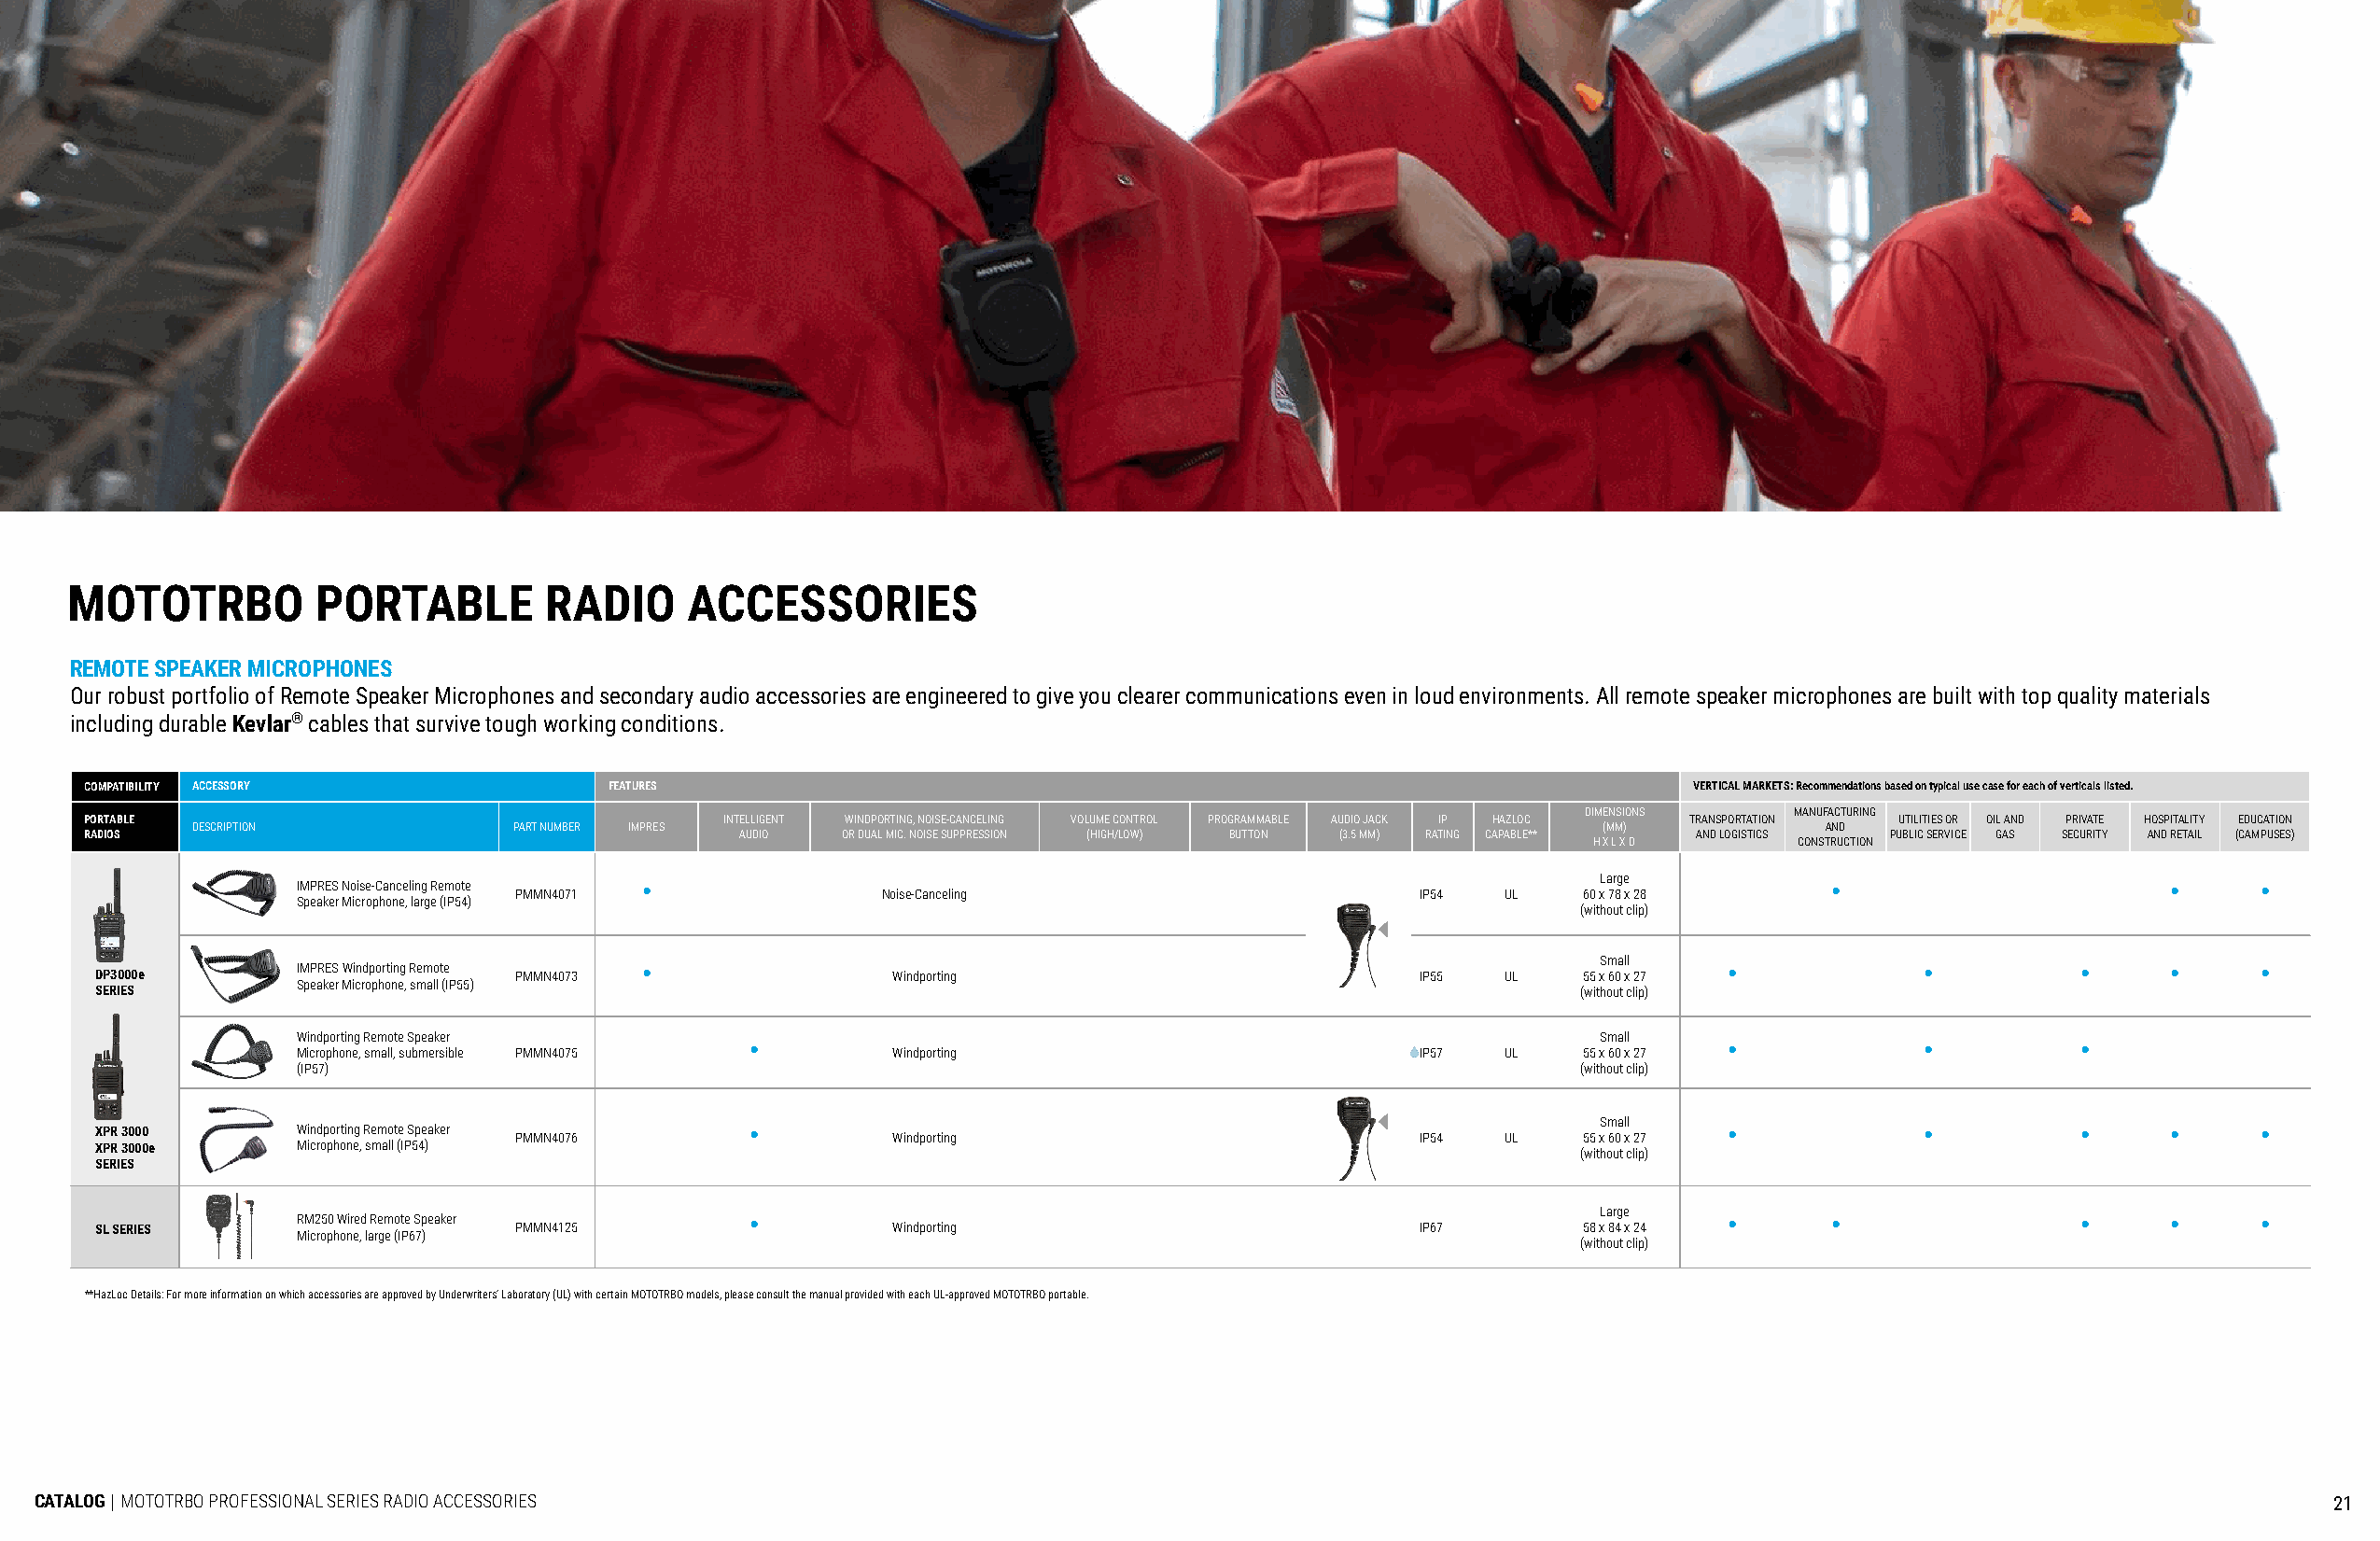
MOTOTRBO         PORTABLE         RADIO     ACCESSORIES
 REMOTE SPEAKER MICROPHONES
 Our robust portfolio of Remote Speaker Microphones and secondary audio accessories are engineered to give you clearer communications even in loud environments. All remote speaker microphones are built with top quality materials
 including durable Kevlar® cables that survive tough working conditions.
 COMPATIBILITY ACCESSORY              FEATURES                                                                     VERTICAL MARKETS: Recommendations based on typical use case for each of verticals listed.
 DIMENSIONS     MANUFACTURING
 PORTABLE                                     INTELLIGENT WINDPORTING, NOISE-CANCELING VOLUME CONTROL PROGRAMMABLE AUDIO JACK IP HAZLOC TRANSPORTATION UTILITIES OR OIL AND PRIVATE HOSPITALITY EDUCATION
 DESCRIPTION           PART NUMBER IMPRES                                                            (MM)           AND
 RADIOS                                        AUDIO   OR DUAL MIC. NOISE SUPPRESSION (HIGH/LOW) BUTTON (3.5 MM) RATING CAPABLE** AND LOGISTICS PUBLIC SERVICE GAS SECURITY AND RETAIL (CAMPUSES)
 H X L X D      CONSTRUCTION
 Large
 IMPRES Noise-Canceling Remote •                                                                              •                       •     •
 PMMN4071                  Noise-Canceling                       IP54  UL   60 x 78 x 28
 Speaker Microphone, large (IP54)
 (without clip)
 Small
 IMPRES Windporting Remote •                                                                           •            •           •     •     •
 DP3000e                       PMMN4073                  Windporting                           IP55  UL   55 x 60 x 27
 Speaker Microphone, small (IP55)
 SERIES                                                                                                   (without clip)
 Windporting Remote Speaker                                                                  Small
 •                                                                     •            •           •
 Microphone, small, submersible PMMN4075   Windporting                           IP57  UL   55 x 60 x 27
 (IP57)                                                                                     (without clip)
 Small
 XPR 3000      Windporting Remote Speaker      •                                                                     •            •           •     •     •
 PMMN4076                  Windporting                           IP54  UL   55 x 60 x 27
 XPR 3000e     Microphone, small (IP54)
 (without clip)
 SERIES
 Large
 RM250 Wired Remote Speaker      •                                                                     •      •                 •     •     •
 SL SERIES                     PMMN4125                  Windporting                           IP67       58 x 84 x 24
 Microphone, large (IP67)
 (without clip)
 **HazLoc Details: For more information on which accessories are approved by Underwriters’ Laboratory (UL) with certain MOTOTRBO models, please consult the manual provided with each UL-approved MOTOTRBO portable.
 CATALOG | MOTOTRBO PROFESSIONAL SERIES RADIO ACCESSORIES                                                                                                            21